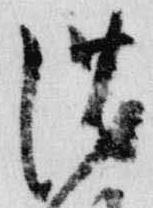
沈